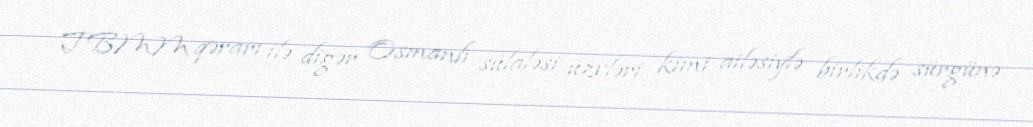
TBMM qərarı ilə digər Osmanlı sülaləsi üzvləri kimi ailəsiylə birlikdə sürgünə